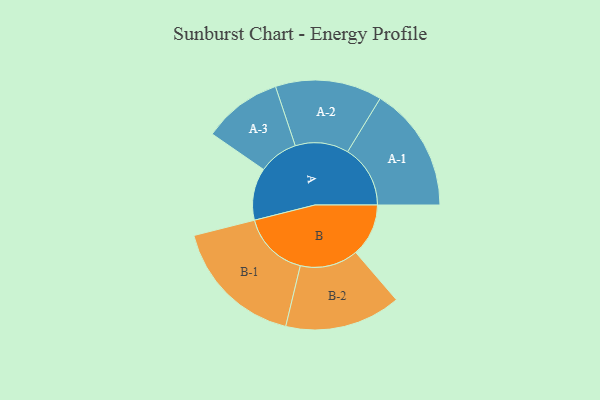
{"axis": {"x": "Segment", "y": "Value"}, "legend": ["", "A", "B"], "data": [{"x": "A", "y": 169, "type": ""}, {"x": "B", "y": 171, "type": ""}, {"x": "A-1", "y": 203, "type": "A"}, {"x": "A-2", "y": 173, "type": "A"}, {"x": "A-3", "y": 128, "type": "A"}, {"x": "B-1", "y": 216, "type": "B"}, {"x": "B-2", "y": 188, "type": "B"}]}